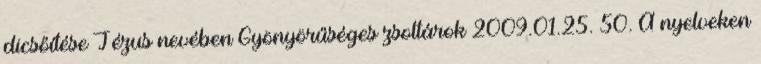
dicsőítése Jézus nevében Gyönyörűséges zsoltárok 2009.01.25. 50. A nyelveken